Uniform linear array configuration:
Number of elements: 8
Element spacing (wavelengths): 1
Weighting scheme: exponential
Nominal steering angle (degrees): -45
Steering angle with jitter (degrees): -45.836
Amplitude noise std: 0.05
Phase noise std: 0.05

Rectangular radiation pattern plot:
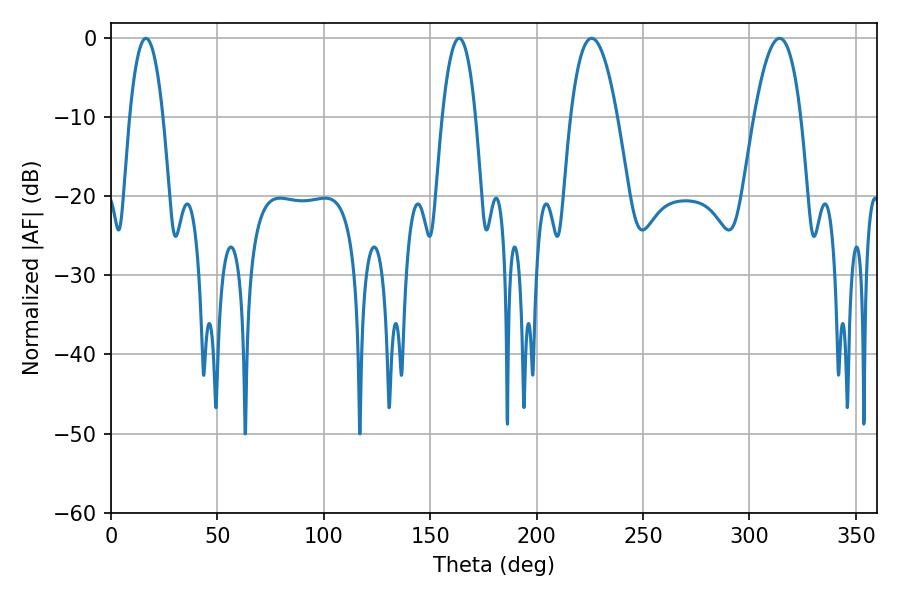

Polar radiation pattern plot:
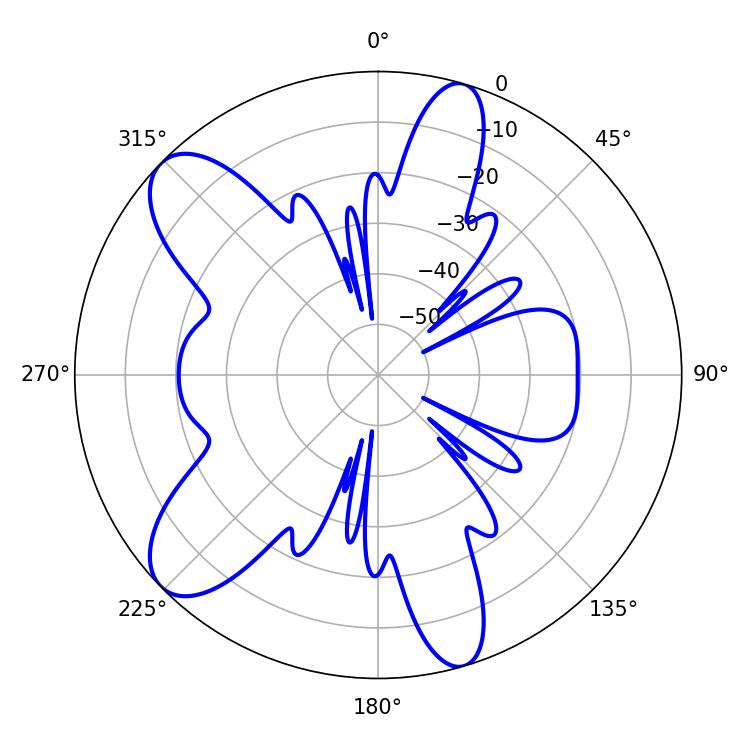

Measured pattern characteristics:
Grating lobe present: TRUE
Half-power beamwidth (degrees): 8.82
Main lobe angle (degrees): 16.38